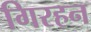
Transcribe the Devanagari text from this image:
गिरहन